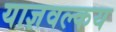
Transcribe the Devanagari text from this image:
याज्ञवल्कय